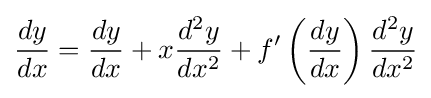
{\frac {dy}{dx}}={\frac {dy}{dx}}+x{\frac {d^{2}y}{dx^{2}}}+f'\left({\frac {dy}{dx}}\right){\frac {d^{2}y}{dx^{2}}}